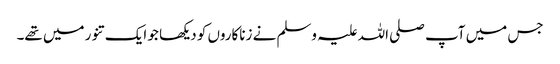
جس میں آپ صلی اللہ علیہ وسلم نے زناکاروں کو دیکھا جو ایک تنور میں تھے۔